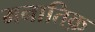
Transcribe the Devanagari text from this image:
मनातिक़